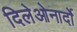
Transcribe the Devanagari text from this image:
दिलेओनार्दो